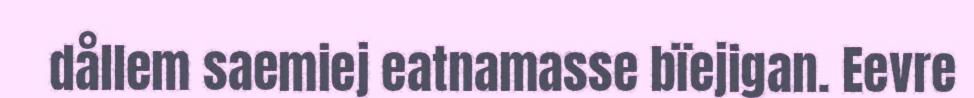
dållem saemiej eatnamasse bïejigan. Eevre